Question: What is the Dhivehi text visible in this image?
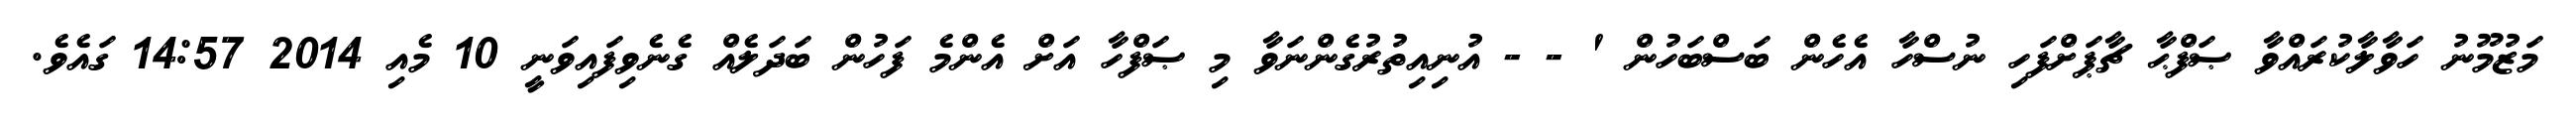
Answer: މަޒުމޫނު ހަވާލާކުރައްވާ ޞަފްޙާ ޗާޕަށްފަހި ނުސްހާ އެހެން ބަސްބަހުން ' - - އުނިއިތުރުގެންނަވާ މި ޞަފްހާ އަށް އެންމެ ފަހުން ބަދަލެއް ގެނެވިފައިވަނީ 10 މެއި 2014 14:57 ގައެވެ.